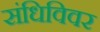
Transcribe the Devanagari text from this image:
संधिविवर